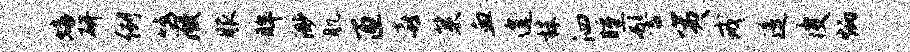
蟠研例鸣微服眸渺肌匝喜策血遑株泗曛髻夷戒遥皮炳